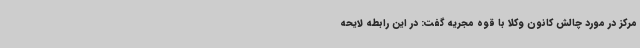
مرکز در مورد چالش کانون وکلا با قوه مجریه گفت: در این رابطه لایحه